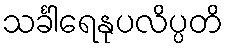
သင်္ခါရေနုပလိပ္ပတိ